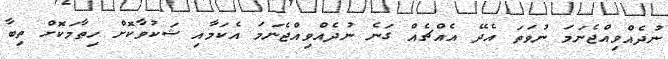
ނުދެއްވިއްޖެނަމަ ނުވަތަ އެދޭ އެއްޗެއް ގަނެ ނުދެއްވިއްޖެނަމަ އެކަމާއި ޝަކުވާކޮށް ހިތާމަކޮށް ތިބާ